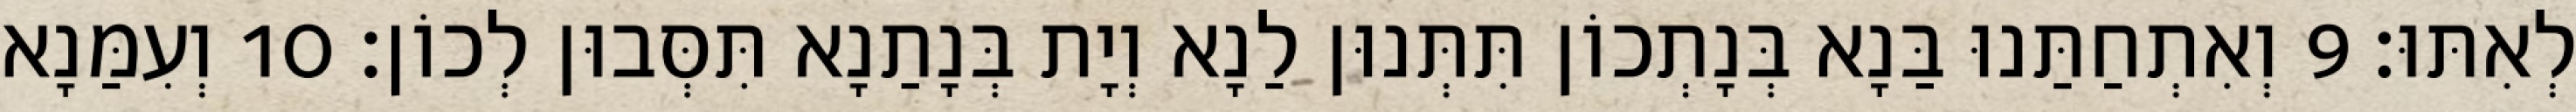
לְאִתּוּ׃ 9 וְאִתְחַתַּנוּ בַּנָא בְּנָתְכוֹן תִּתְּנוּן לַנָא וְיָת בְּנָתַנָא תִּסְּבוּן לְכוֹן׃ 10 וְעִמַּנָא